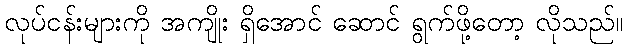
လုပ်ငန်းများကို အကျိုး ရှိအောင် ဆောင် ရွက်ဖို့တော့ လိုသည်။